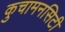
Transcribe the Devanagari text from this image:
कुचामनसिटी